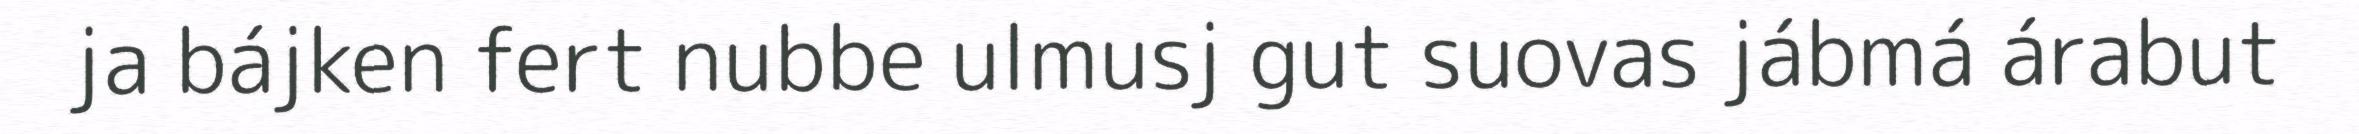
ja bájken fert nubbe ulmusj gut suovas jábmá árabut